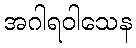
အဂါရဝါသေန